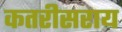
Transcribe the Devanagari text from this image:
कतरीसराय